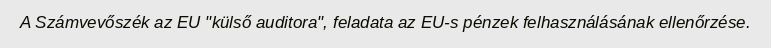
A Számvevőszék az EU "külső auditora", feladata az EU-s pénzek felhasználásának ellenőrzése.